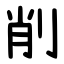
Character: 削